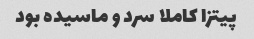
پیتزا کاملا سرد و ماسیده بود